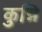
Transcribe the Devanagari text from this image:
कुन्नि